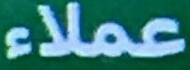
عملاء